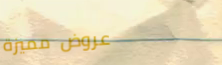
عروض مميزة